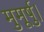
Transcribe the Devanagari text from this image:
मुमूर्षु।